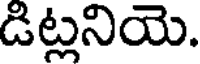
డిట్లనియె.